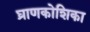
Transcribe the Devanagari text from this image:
घ्राणकोशिका